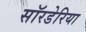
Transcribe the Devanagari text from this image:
सॉरडेरिया